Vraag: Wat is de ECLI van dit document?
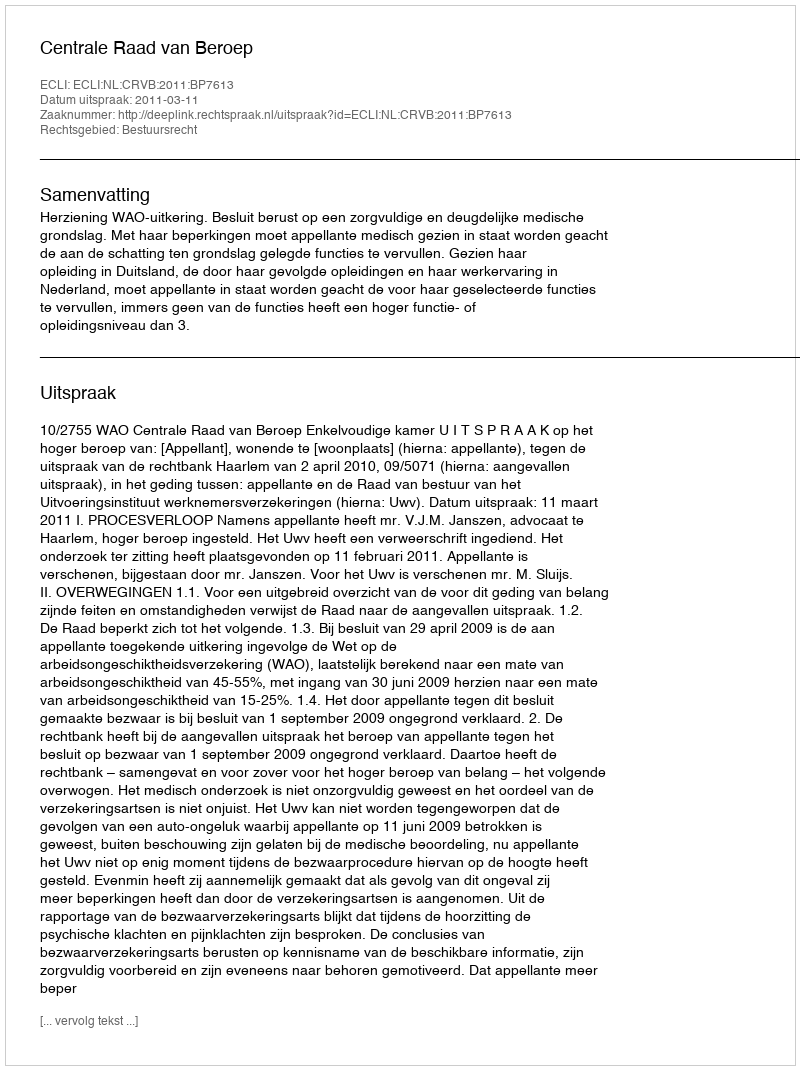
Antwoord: ECLI:NL:CRVB:2011:BP7613